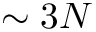
\sim 3 N